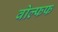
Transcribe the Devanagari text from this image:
वोल्फफ